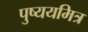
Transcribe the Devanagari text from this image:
पुष्ययमित्र